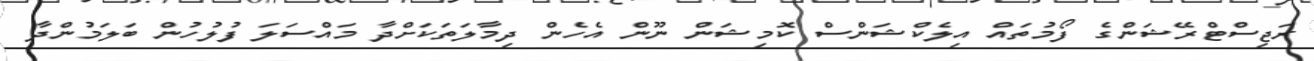
ރަޖިސްޓްރޭޝަންގެ ފޯމުތައް އިލެކްޝަންސް ކޮމިޝަން ނޫން އެހެން ދިމާލަތަކަށްދާ މައްސަލަ ފުލުހުން ބަލަމުންދާ